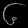
Digit: ၆